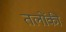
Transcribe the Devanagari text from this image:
तलोंकी